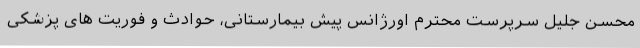
محسن جلیل سرپرست محترم اورژانس پیش بیمارستانی، حوادث و فوریت های پزشکی